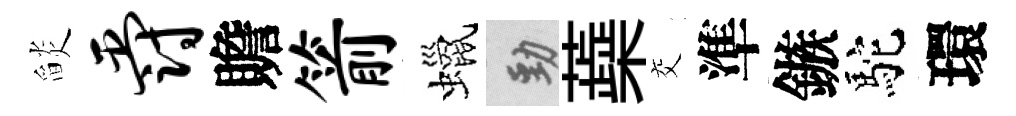
𦦨爵贍箭蠟勁蘃交準鏃駝環